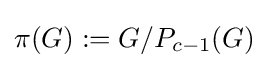
\pi (G):=G/P_{c-1}(G)